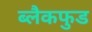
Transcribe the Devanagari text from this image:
ब्लैकफुड